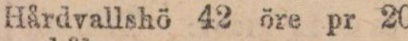
Hårdvallshö 42 öre pr 20